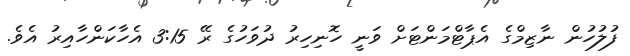
ފުލުހުން ނާޒިމްގެ އެޕާޓްމަންޓަށް ވަނީ ހޮނިހިރު ދުވަހުގެ ރޭ 3:15 އެހާކަންހާއިރު އެވެ.